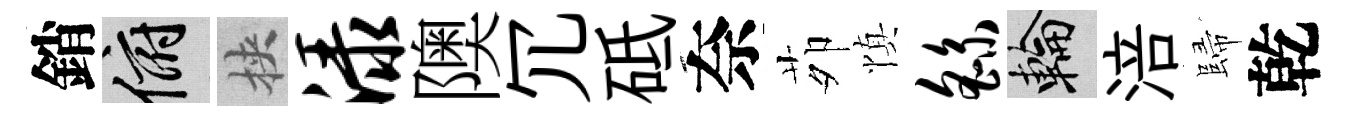
銷俯挾渌隩冗砥奈茆慎繇輪涪歸乾